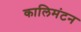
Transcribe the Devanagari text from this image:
कालिमंटन